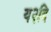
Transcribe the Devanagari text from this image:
य२दि